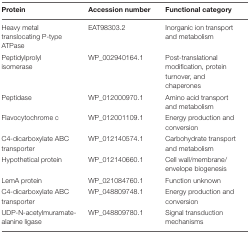
<table><thead><tr><td><b>Protein</b></td><td><b>Accession number</b></td><td><b>Functional category</b></td></tr></thead><tbody><tr><td>Heavy metal translocating P-type ATPase</td><td>EAT98303.2</td><td>Inorganic ion transport and metabolism</td></tr><tr><td>Peptidylprolyl isomerase</td><td>WP_002940164.1</td><td>Post-translational modification, protein turnover, and chaperones</td></tr><tr><td>Peptidase</td><td>WP_012000970.1</td><td>Amino acid transport and metabolism</td></tr><tr><td>Flavocytochrome c</td><td>WP_012001109.1</td><td>Energy production and conversion</td></tr><tr><td>C4-dicarboxylate ABC transporter</td><td>WP_012140574.1</td><td>Carbohydrate transport and metabolism</td></tr><tr><td>Hypothetical protein</td><td>WP_012140660.1</td><td>Cell wall/membrane/envelope biogenesis</td></tr><tr><td>LemA protein</td><td>WP_021084760.1</td><td>Function unknown</td></tr><tr><td>C4-dicarboxylate ABC transporter</td><td>WP_048809748.1</td><td>Energy production and conversion</td></tr><tr><td>UDP-N-acetylmuramate- alanine ligase</td><td>WP_048809780.1</td><td>Signal transduction mechanisms</td></tr></tbody></table>